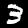
Label: 3